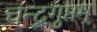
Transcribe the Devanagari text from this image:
चन्द्रगुप्तम्